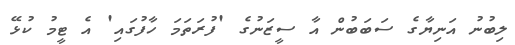
ލިބުނު އަނިޔާގެ ސަބަބުން އާ ސީޒަނުގެ 'ފުރަތަމަ ހާފުގައި' އެ ޓީމު ކުޅޭ